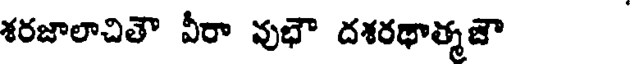
శరజాలాచితౌ వీరా వుభౌ దశరథాత్మజౌ